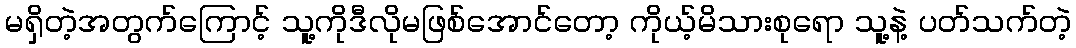
မရှိတဲ့အတွက်ကြောင့် သူ့ကိုဒီလိုမဖြစ်အောင်တော့ ကိုယ့်မိသားစုရော သူ့နဲ့ ပတ်သက်တဲ့